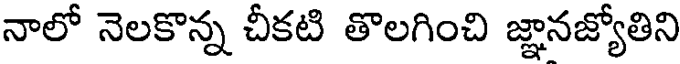
నాలో నెలకొన్న చీకటి తొలగించి జ్ఞానజ్యోతిని